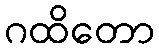
ဂထိတော